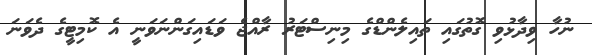
ނުހާ ވިދާޅުވި ގޮތުގައި ތައިލެންޑްގެ މިނިސްޓަރު ރާއްޖެ ވަޑައިގަންނަވަނީ އެ ކޮމިޓީގެ ދެވަނަ